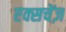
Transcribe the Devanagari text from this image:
एक्सचेंज़